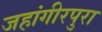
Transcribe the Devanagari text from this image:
जहांगीरपुरा